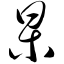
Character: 杲